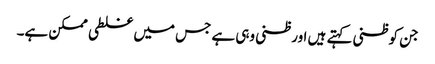
جن کو ظنی کہتے ہیں اور ظنی وہی ہے جس میں غلطی ممکن ہے۔